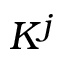
K ^ { j }